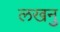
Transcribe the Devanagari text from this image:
लखनु